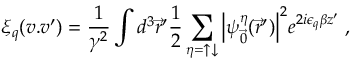
\xi _ { q } ( v . v ^ { \prime } ) = \frac { 1 } { \gamma ^ { 2 } } \int d ^ { 3 } { \vec { r } } ^ { \prime } \frac { 1 } { 2 } \sum _ { \eta = \uparrow \downarrow } { \left\vert \psi _ { \vec { 0 } } ^ { \eta } ( { \vec { r } } ^ { \prime } ) \right\vert } ^ { 2 } e ^ { 2 i \epsilon _ { q } \beta z ^ { \prime } } \; ,